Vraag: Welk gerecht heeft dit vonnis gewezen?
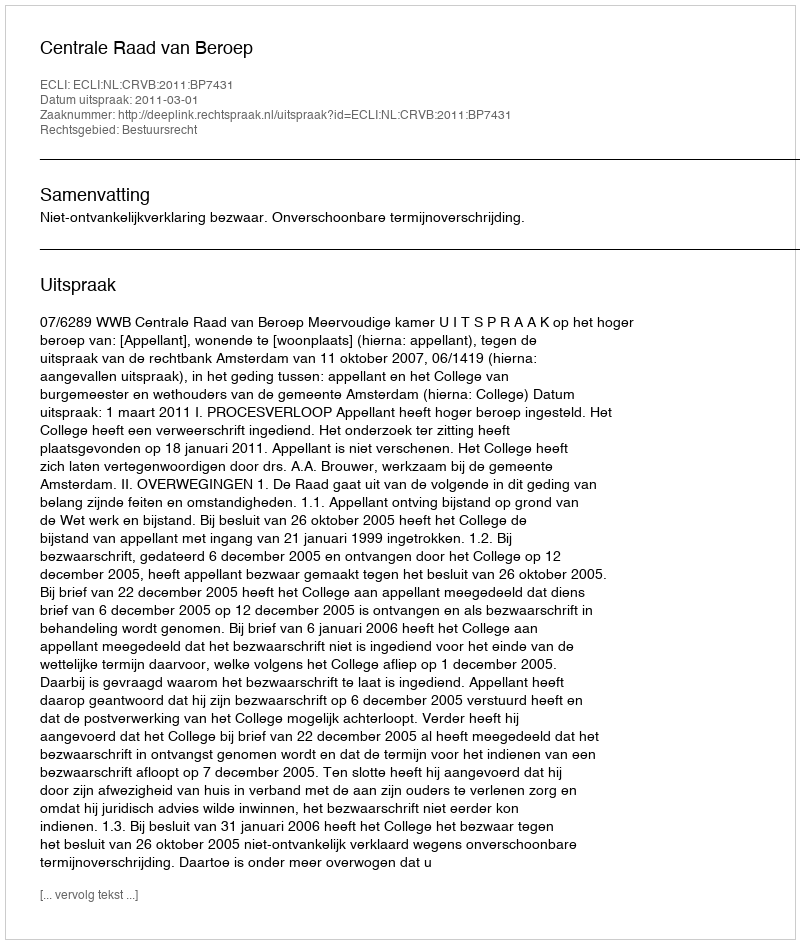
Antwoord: Centrale Raad van Beroep